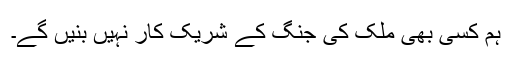
ہم کسی بھی ملک کی جنگ کے شریک کار نہیں بنیں گے۔